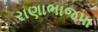
રાણાભાજપા